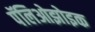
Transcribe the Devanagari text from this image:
पॅलिओझोइक